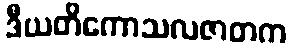
ဒီယတိကောသလဇာတက